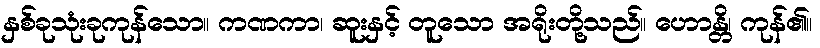
နှစ်ခုသုံးခုကုန်သော။ ကဏကာ၊ ဆူးနှင့် တူသော အရိုးတို့သည်။ ဟောန္တိ၊ ကုန်၏။